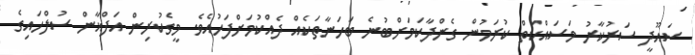
ސައޫދީ ސަރުކާރު މަސައްކަތް ކުރަމުން ގެންދާކަމަށްބުނެ ބަހަނާތަކެއް ދެއްކުމަށްފަހުއެވެ. މީގެކުރިން އަފްޣާން ސުލްހައިގެ